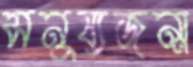
মনুষ্যজন্ম